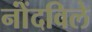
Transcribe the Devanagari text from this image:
नोंंदविले